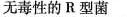
无毒性的R型菌